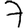
Digit: 7